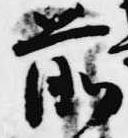
前